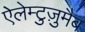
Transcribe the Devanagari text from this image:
ऐलेम्टुज़ुमैब